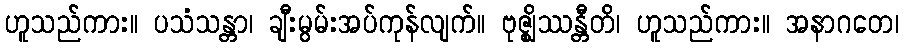
ဟူသည်ကား။ ပသံသန္တာ၊ ချီးမွမ်းအပ်ကုန်လျက်။ ဗုဇ္ဈိဿန္တီတိ၊ ဟူသည်ကား။ အနာဂတေ၊